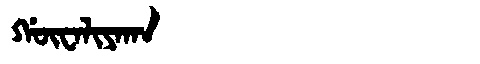
Manchu: ᡤᡡᠸᠠᠯᡳᠶᠠᡴᠠ
Romanization: GŪWALIYAKA